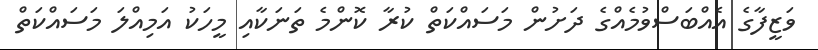
ވަޒީފާގެ އެއްބަސްވުމެއްގެ ދަށުން މަސައްކަތް ކުރާ ކޮންމެ ތަނަކާއި މީހަކު އަމިއްލަ މަސައްކަތް